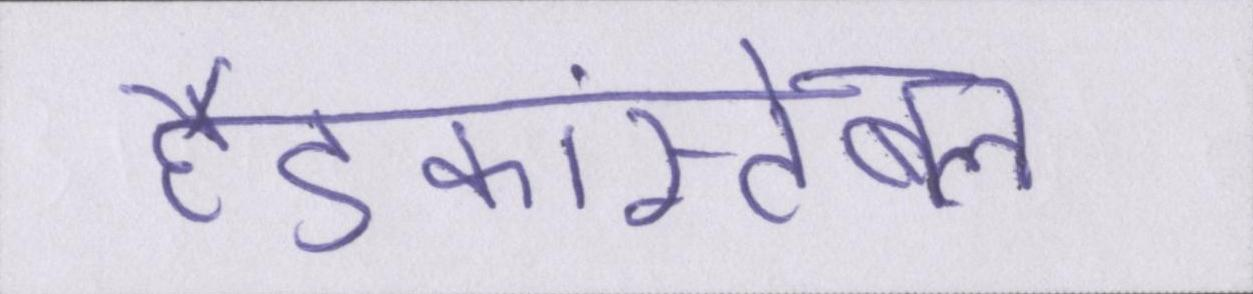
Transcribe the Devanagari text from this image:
हैडकांस्टेबल